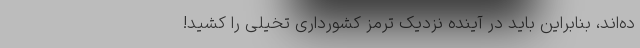
ده‌اند، بنابراین باید در آینده نزدیک ترمز کشورداری تخیلی را کشید!